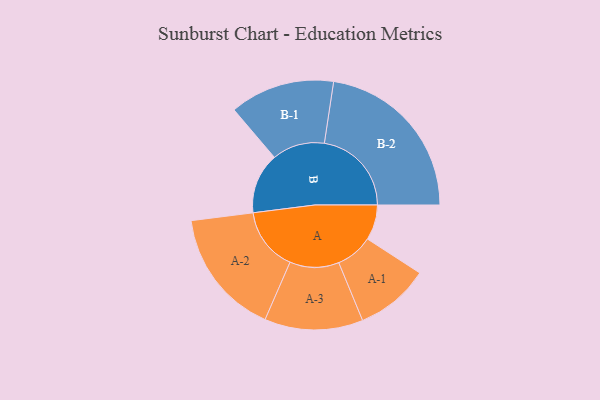
{"axis": {"x": "Segment", "y": "Value"}, "legend": ["", "A", "B"], "data": [{"x": "A", "y": 119, "type": ""}, {"x": "B", "y": 205, "type": ""}, {"x": "A-1", "y": 125, "type": "A"}, {"x": "A-2", "y": 214, "type": "A"}, {"x": "A-3", "y": 166, "type": "A"}, {"x": "B-1", "y": 177, "type": "B"}, {"x": "B-2", "y": 294, "type": "B"}]}